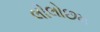
લીલોછમ